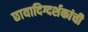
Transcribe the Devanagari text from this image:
छायादिग्दर्शकांची